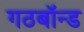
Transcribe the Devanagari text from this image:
गठबॉन्ड